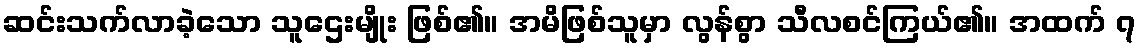
ဆင်းသက်လာခဲ့သော သူဌေးမျိုး ဖြစ်၏။ အမိဖြစ်သူမှာ လွန်စွာ သီလစင်ကြယ်၏။ အထက် ၇